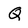
Character: Q